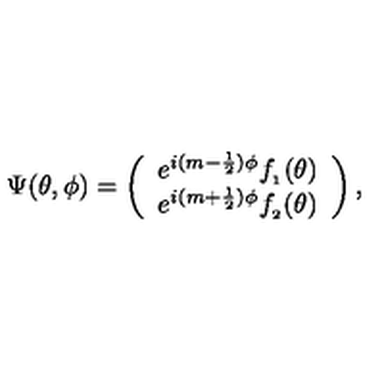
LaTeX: \Psi ( \theta , \phi ) = \left( \begin{array} { c } { e ^ { i ( m - \frac { 1 } { 2 } ) \phi } f _ { _ { 1 } } ( \theta ) } \\ { e ^ { i ( m + \frac { 1 } { 2 } ) \phi } f _ { _ { 2 } } ( \theta ) } \\ \end{array} \right) ,